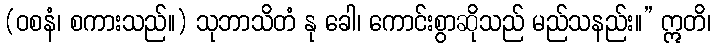
(ဝစနံ၊ စကားသည်။) သုဘာသိတံ နု ခေါ၊ ကောင်းစွာဆိုသည် မည်သနည်း။” ဣတိ၊